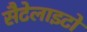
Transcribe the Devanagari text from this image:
सैटेलाइटों